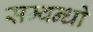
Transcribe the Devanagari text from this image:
सम्वन्धों